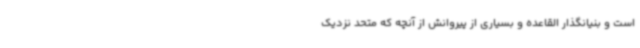
است و بنیانگذار القاعده و بسیاری از پیروانش از آنچه که متحد نزدیک